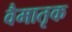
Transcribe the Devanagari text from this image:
वैमातृक